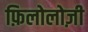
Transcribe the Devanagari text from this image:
फ़िलोलोज़ी